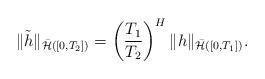
LaTeX: \begin{align*}\|\tilde{h}\|_{\bar{\mathcal{H}}([0,T_{2}])}=\left(\frac{T_{1}}{T_{2}}\right)^{H}\|h\|_{\bar{{\cal H}}([0,T_{1}])}.\end{align*}